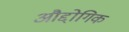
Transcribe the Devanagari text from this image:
औद्दोगिक